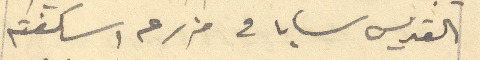
القديس سابا في مزرعه اسكفته